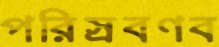
পরিস্রবণব